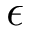
\epsilon